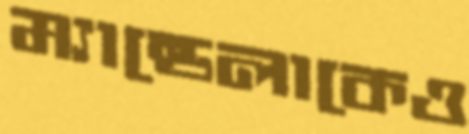
ম্যান্ডেলাকেও